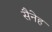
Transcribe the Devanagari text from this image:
सैनेह